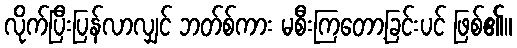
လိုက်ပြီးပြန်လာလျှင် ဘတ်စ်ကား မစီးကြတော့ခြင်းပင် ဖြစ်၏။